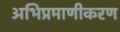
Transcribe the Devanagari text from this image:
अभिप्रमाणीकरण